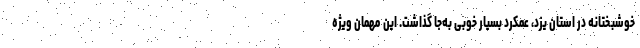
خوشبختانه در استان یزد، عمکرد بسیار خوبی به‌جا گذاشت. این مهمان ویژه